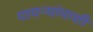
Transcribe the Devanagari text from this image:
पायऱ्यांपाशी